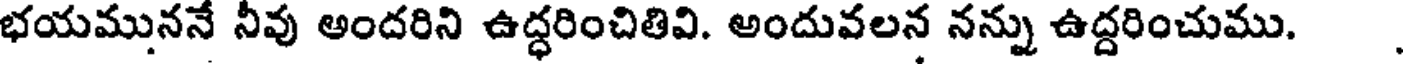
భయముననే నీవు అందరిని ఉద్ధరించితివి. అందువలన నన్ను ఉద్దరించుము.